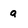
Character: a